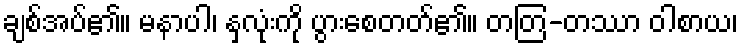
ချစ်အပ်၏။ မနာပါ၊ နှလုံးကို ပွားစေတတ်၏။ တတြ-တဿာ ဝါစာယ၊